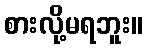
စားလို့မရဘူး။